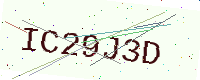
Text: IC29J3D